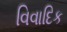
વિવાદિક